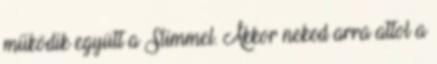
működik együtt a Slimmel. Akkor neked arra attol a